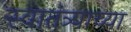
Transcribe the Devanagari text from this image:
स्‍वातंत्र्याच्‍या